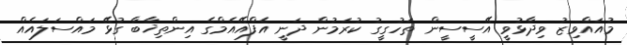
މުއައްވިޒު ވިދާޅުވީ އޭސީސީން ތަހުގީގު ކުރަމުން ދަނީ އެފްއޭއެމްގެ އިންތިޚާބާ ގުޅޭ މައްސަލައެއް